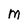
Character: M